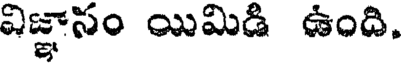
విజ్ఞాసం యిమిడి ఉంది.